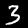
Digit: 3